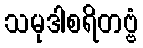
သမုဒါစရိတဗ္ဗံ